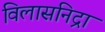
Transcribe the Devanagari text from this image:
विलासनिद्रा